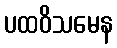
ပထဝိသမေန